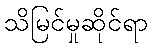
သိမြင်မှုဆိုင်ရာ